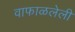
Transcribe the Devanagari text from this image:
वाफाळलेली